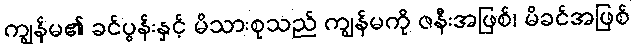
ကျွန်မ၏ ခင်ပွန်းနှင့် မိသားစုသည် ကျွန်မကို ဇနီးအဖြစ်၊ မိခင်အဖြစ်